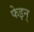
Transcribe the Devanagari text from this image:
फेइन्